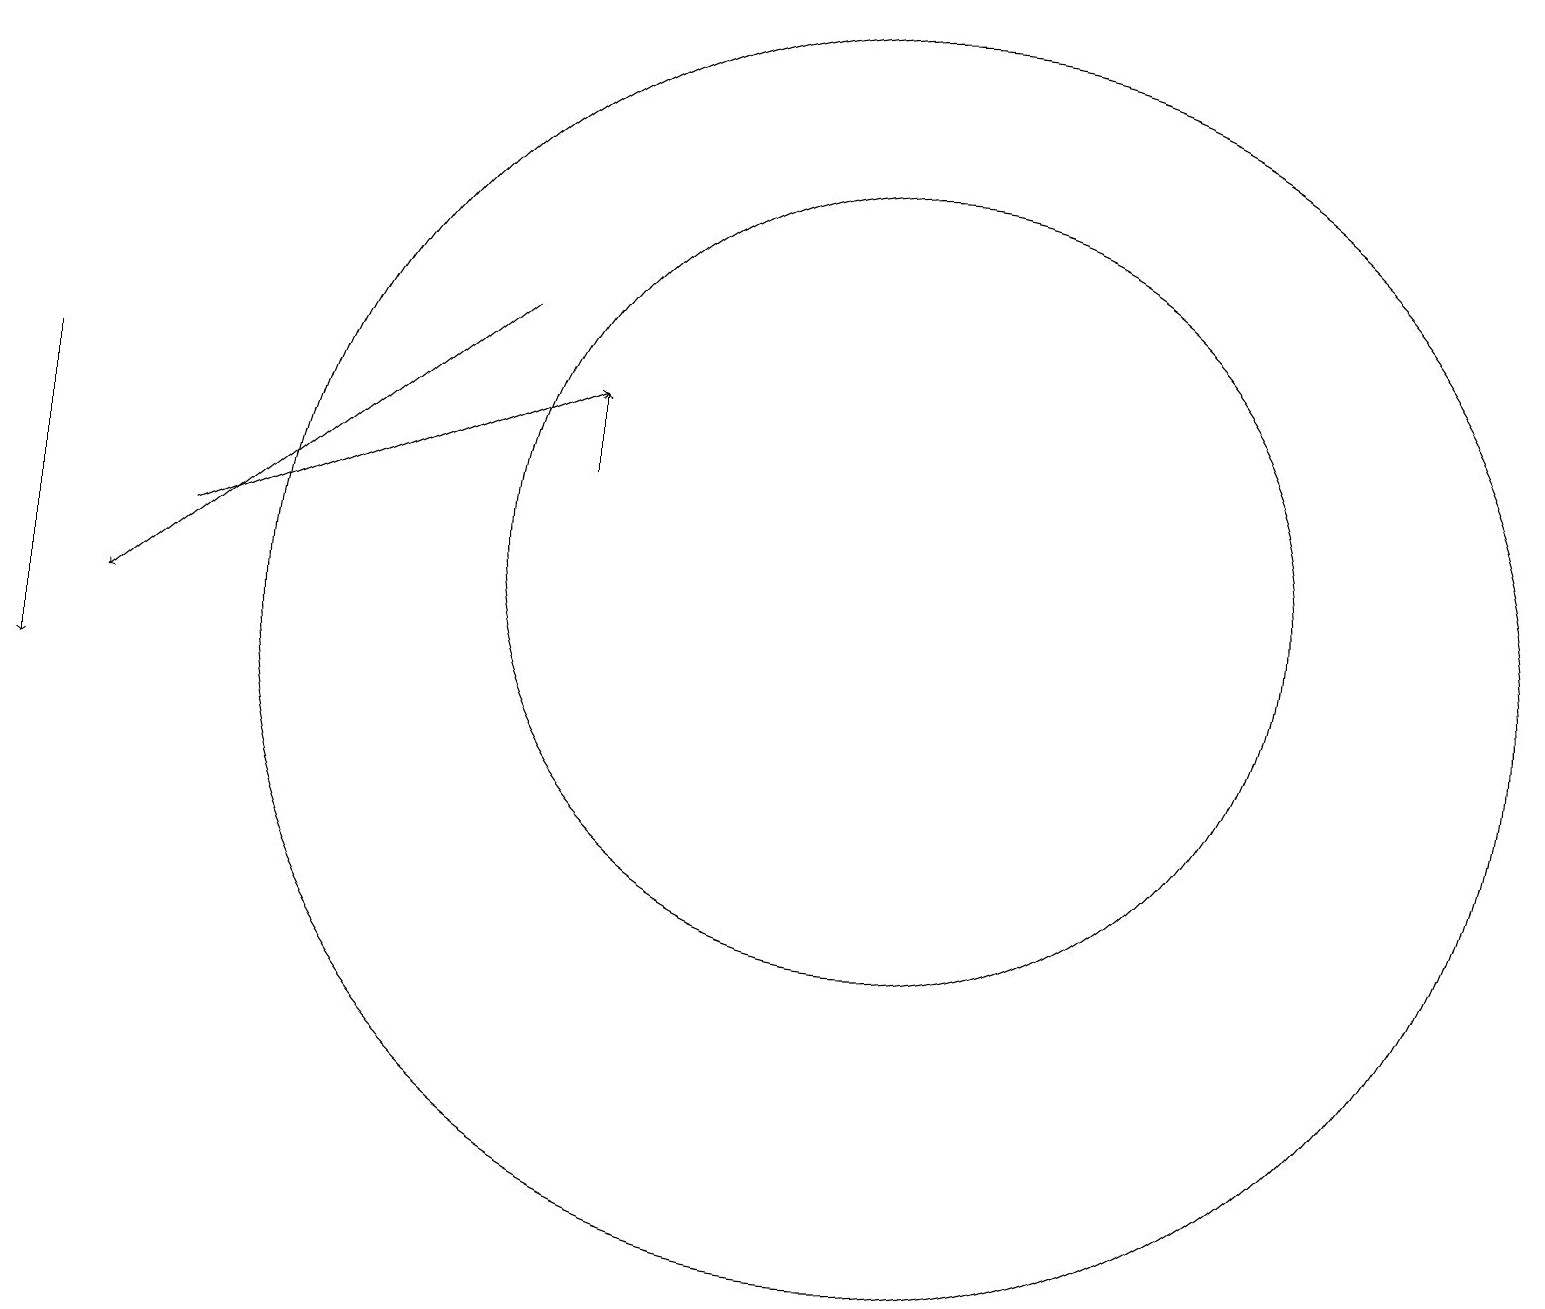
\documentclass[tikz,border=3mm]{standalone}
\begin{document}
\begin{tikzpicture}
\draw[->] (6,15) -- (1,11);
\draw (11,11) circle (8);
\draw[->] (0,14) -- (0,10);
\draw[->] (7,13) -- (7,14);
\draw (11,12) circle (5);
\draw[->] (2,12) -- (7,14);
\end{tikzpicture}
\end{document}